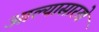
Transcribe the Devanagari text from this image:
आल्‍यासारखे